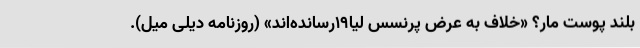
بلند پوست مار؟ «خلاف به عرض پرنسس لیا۱۹رسانده‌اند» (روزنامه دیلی میل).